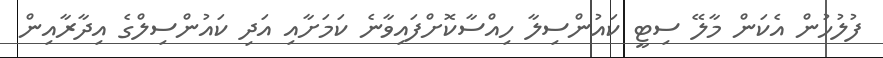
ފުލުހުން އެކަން މާލޭ ސިޓީ ކައުންސިލާ ހިއްސާކޮށްފައިވާނެ ކަމަށާއި އަދި ކައުންސިލްގެ އިދާރާއިން